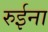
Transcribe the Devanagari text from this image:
रुईना